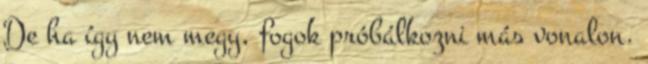
De ha így nem megy, fogok próbálkozni más vonalon.